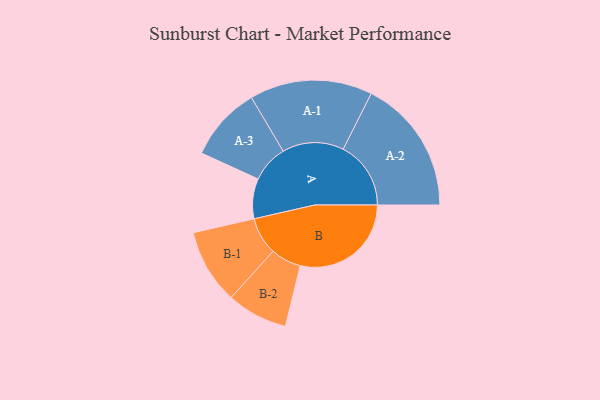
{"axis": {"x": "Segment", "y": "Value"}, "legend": ["", "A", "B"], "data": [{"x": "A", "y": 159, "type": ""}, {"x": "B", "y": 441, "type": ""}, {"x": "A-1", "y": 244, "type": "A"}, {"x": "A-2", "y": 269, "type": "A"}, {"x": "A-3", "y": 148, "type": "A"}, {"x": "B-1", "y": 149, "type": "B"}, {"x": "B-2", "y": 121, "type": "B"}]}